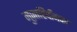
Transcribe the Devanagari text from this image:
मुज़ाहिद्दीनका